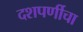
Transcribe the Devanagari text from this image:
दशपर्णीचा